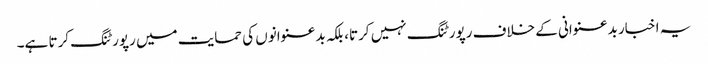
یہ اخبار بدعنوانی کے خلاف رپورٹنگ نہیں کرتا، بلکہ بدعنوانوں کی حمایت میں رپورٹنگ کرتا ہے۔